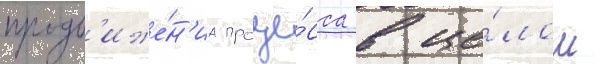
продв'иже́н'иа проце́сса в це́лом